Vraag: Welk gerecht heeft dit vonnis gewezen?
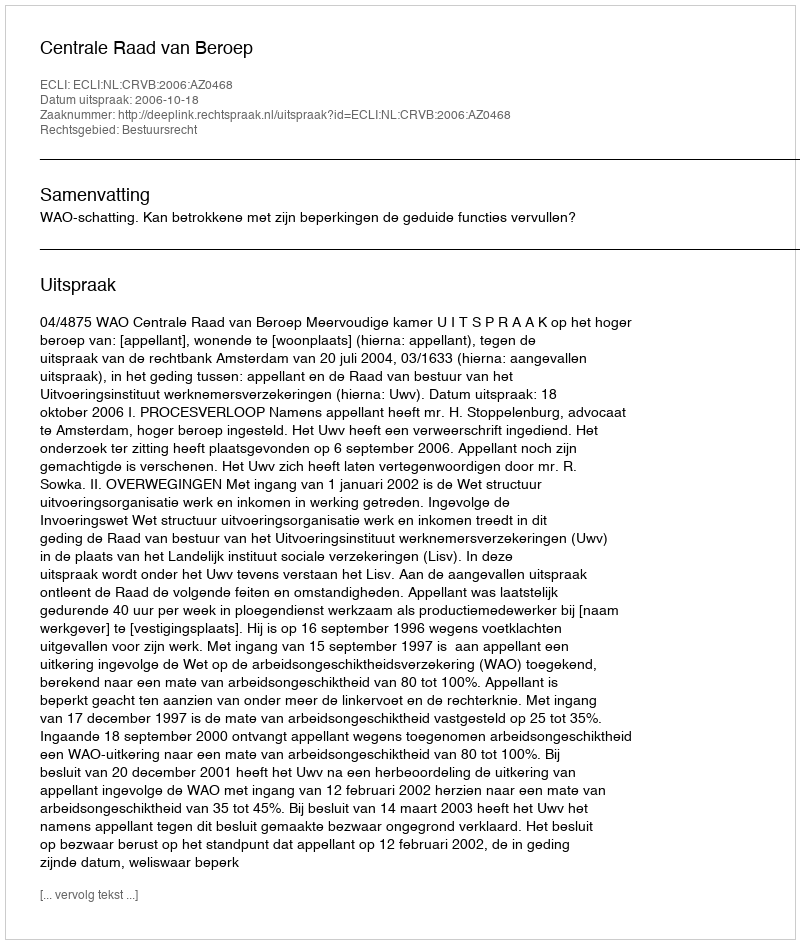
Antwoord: Centrale Raad van Beroep